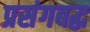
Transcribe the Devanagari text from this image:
प्रसंगबद्ध